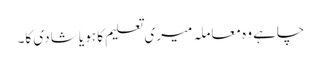
چاہے وہ معاملہ میری تعلیم کا ہو یا شادی کا۔